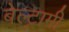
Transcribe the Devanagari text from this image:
बेल्ट्रामी